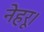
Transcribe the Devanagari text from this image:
नेहरू।